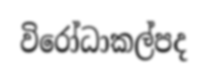
විරෝධාකල්පද